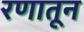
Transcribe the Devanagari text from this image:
रणातून